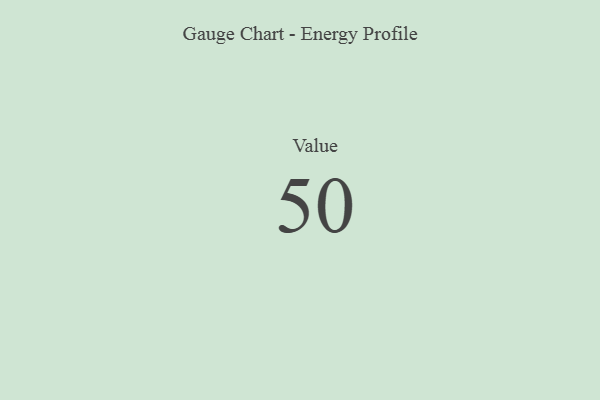
{"axis": {"x": "Metric", "y": "Value"}, "legend": [""], "data": [{"x": "Value", "y": 50, "type": ""}]}